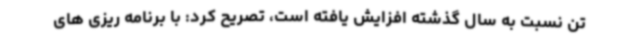
تن نسبت به سال گذشته افزایش یافته است، تصریح کرد: با برنامه ریزی های